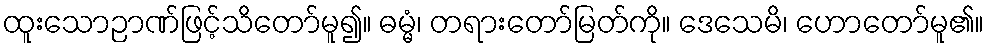
ထူးသောဉာဏ်ဖြင့်သိတော်မူ၍။ ဓမ္မံ၊ တရားတော်မြတ်ကို။ ဒေသေမိ၊ ဟောတော်မူ၏။